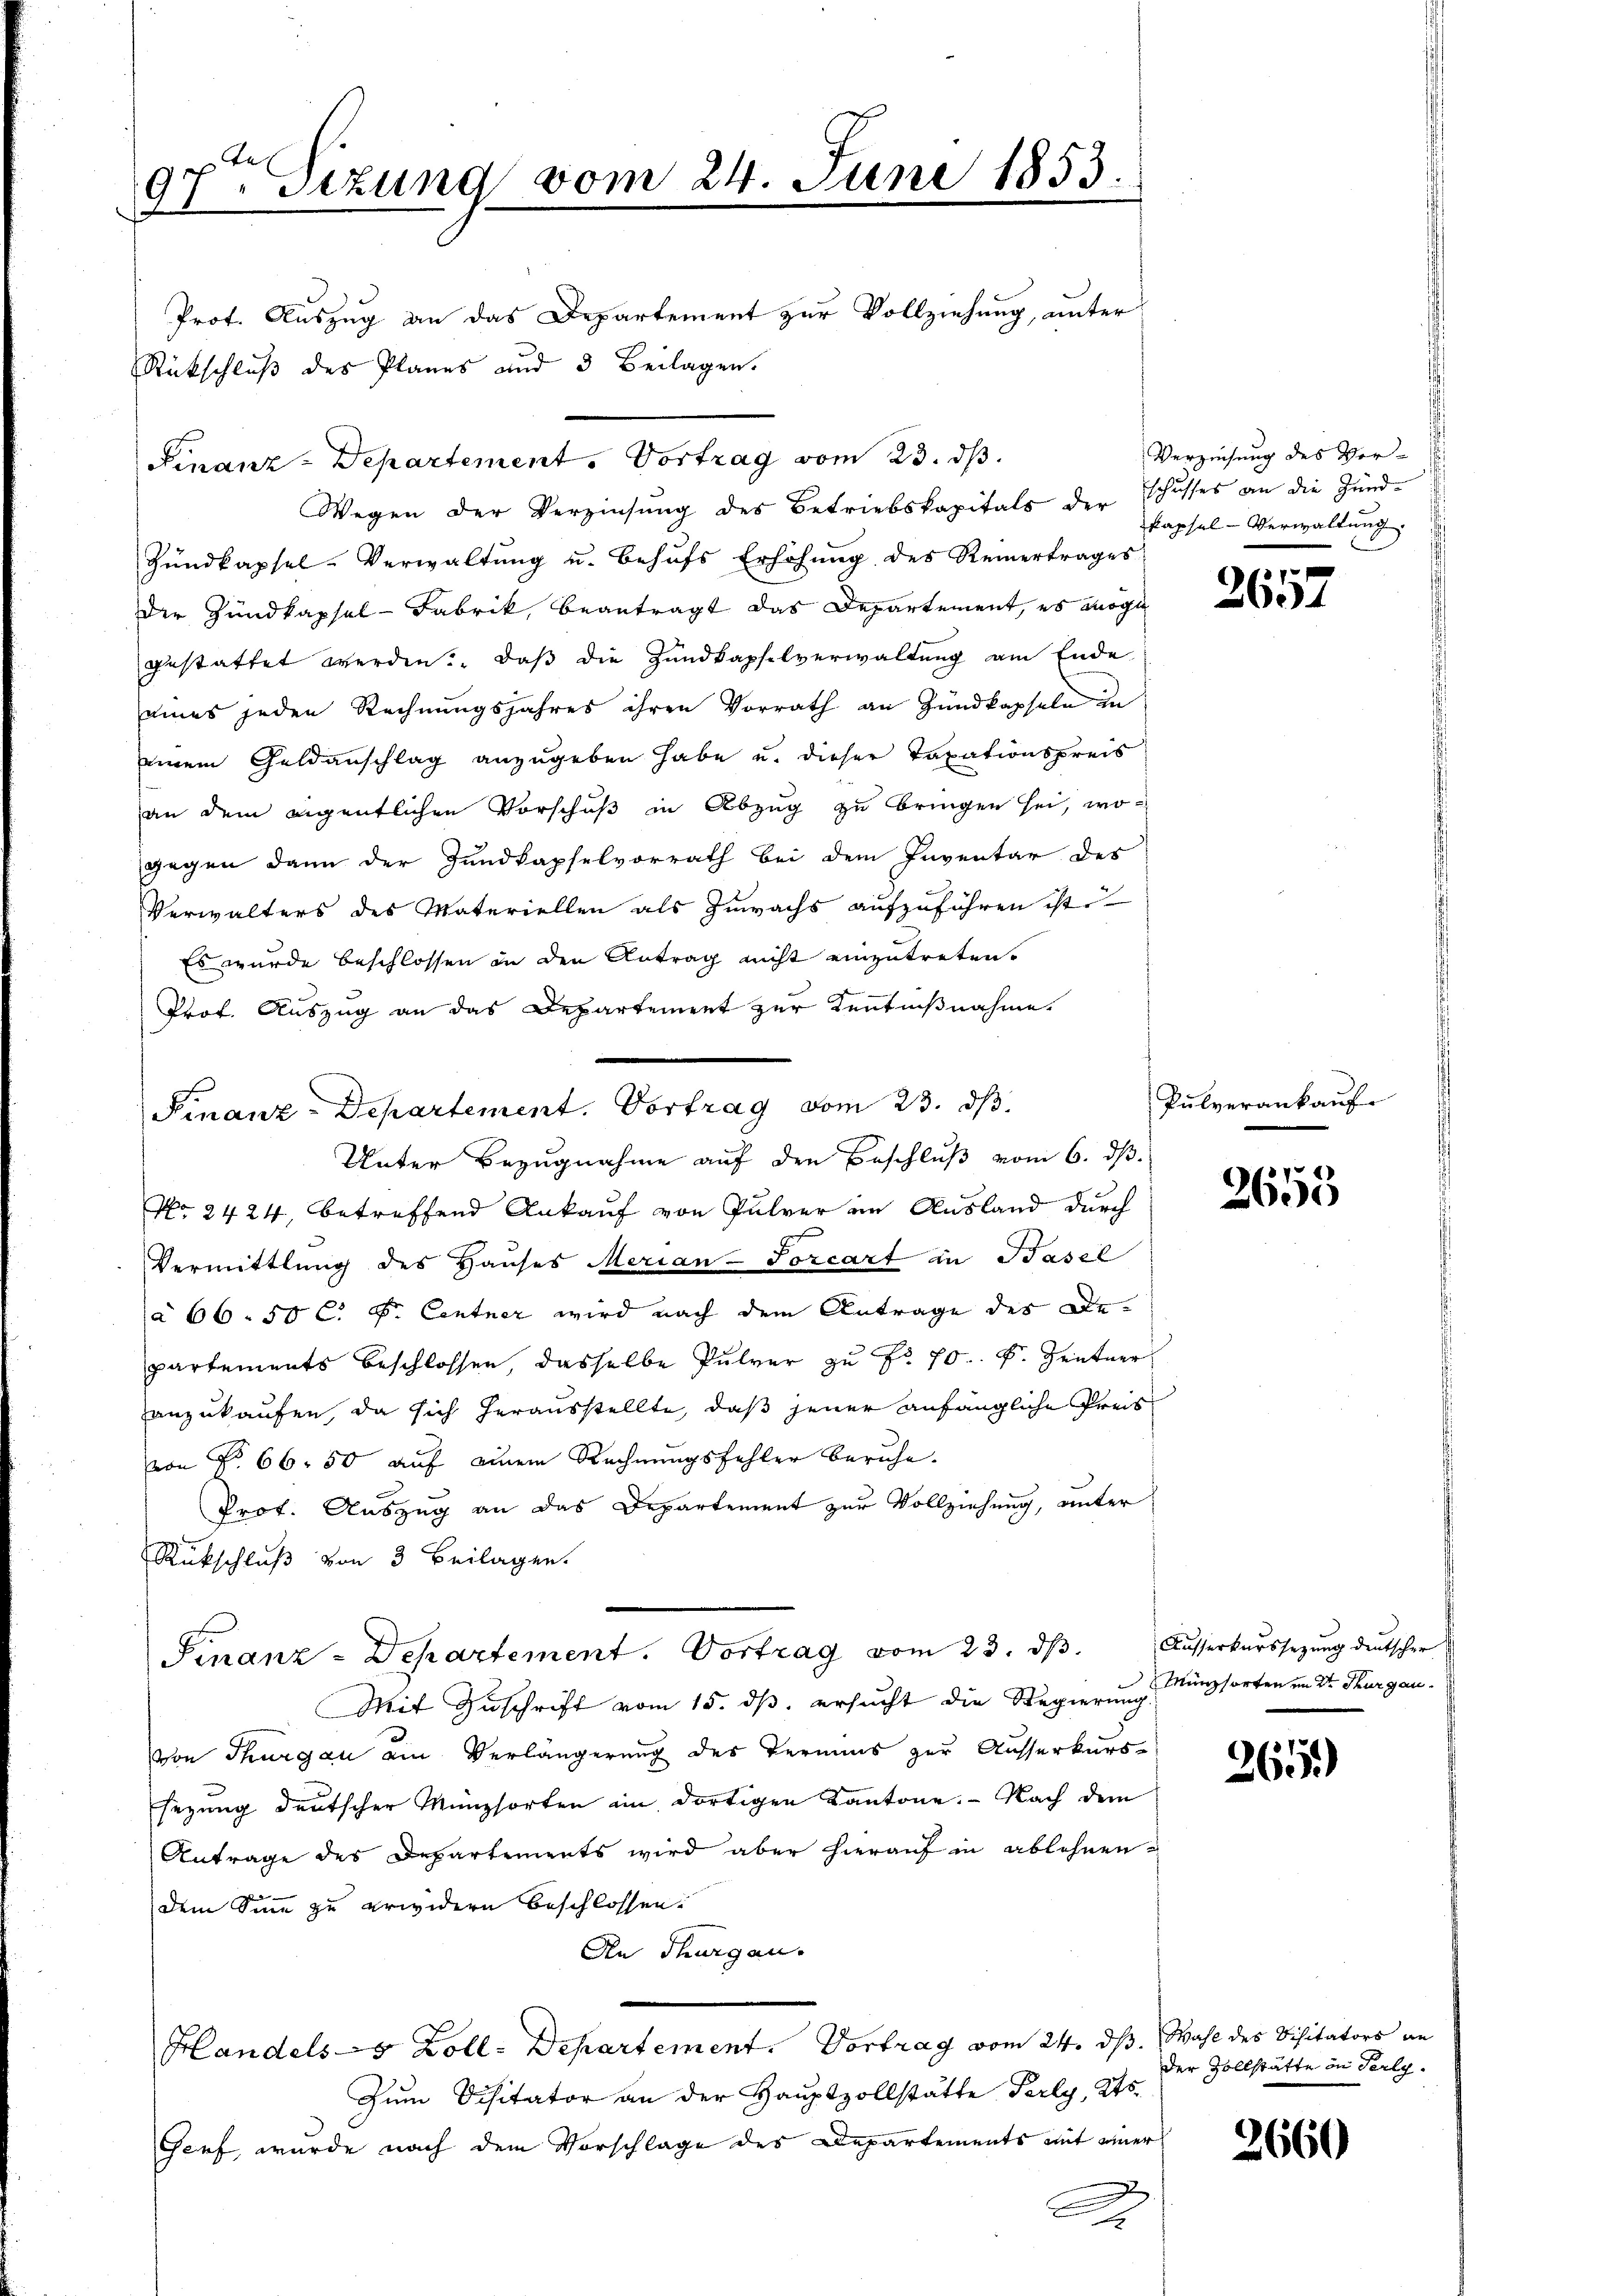
97ten Sizung vom 24. Juni 1853.
J

Prot. Auszug an das Departement zur Vollziehung, unter
Rückschluß des Planes und 3 Beilagen.
Wegen der Verzinsŭng des Betriebskapitals der Capsel-Verwaltŭng
Hŭndkapsel-Verwaltŭng u. behŭfs Erhöhŭng des Reinertrages
Der Hundkapsel-Fabrik, Beantragt das Departement, es möge
gestattet werden. Daß die Handkapfelverwaltung am Ende
eines jeden Rechnungsjahres ihren Vorrath an Zündkapseln in
einem Geldanschlag anzugeben habe u. dieser Taxationspreis
an dem eigentlichen Vorschuß in Abzug zu bringen sei, wogegen dann der Zundkapselvorrath bei dem Inventar des
Verwalters des Materiellen als Zuwachs aufzuführen ist.
Es wurde beschlossen in den Antrag nicht einzutreten.
Prof. Auszug an das Departement zur Kenntnißnahme.
No. 2424, betreffend Ankauf von Pulver in Ausland durch
Vermittlung des Hauses Merian-Porcarf in Basel
à 66. 50 C. P. Centner wird nach dem Antrage des Departements beschlossen, dasselbe Pulver zu No 70. k. Zentner
anzukaufen, da sich herausstellte, daß jener anfängliche Preisvon No 66. 50 auf einem Rechnungsfehler beruhe.
Prof. Auszug an das Departement zur Vollziehung, unter
Rückschluß von 3 Beilagen.
Finanz-Departement. Vortrag vom 23. dβ. Ausserkarssezung deutscher
Mit Zuschrift vom 15. ds. ersucht die Regierung Münzsorten im Dr. Thurgauvon Thurgau am Verlängerung des Termins zur Ausserkurs-
sezung deutscher Münzsorten im dortigen Kantone. - Nach dem
Antrage des Departements wird aber hierauf in ablehnen
dem Sinne zu erwidern beschlossen.
An Thurgau.
Handels 5 Zoll-Departement. Vortrag vom 24. dß. Wahl des Visitators an
Zum Visitator an der Hauptzollstätte Perly, Kts.
Senf, wurde nach dem Vorschlage des Departements mit einer

Finanz-Departement. Vortrag vom 23. ds.
Unter Bezugnahme auf den Beschluß vom 6. ds.

Finanz-Departement. Vortrag vom 23. ds.

A

Verziehung des Ver-
schusses an die Hund

p
2631

Pulverankauf

2655

265)

der Vollstätte in Perly.

2660